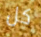
كل